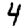
Digit: 4